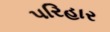
પરિહાર